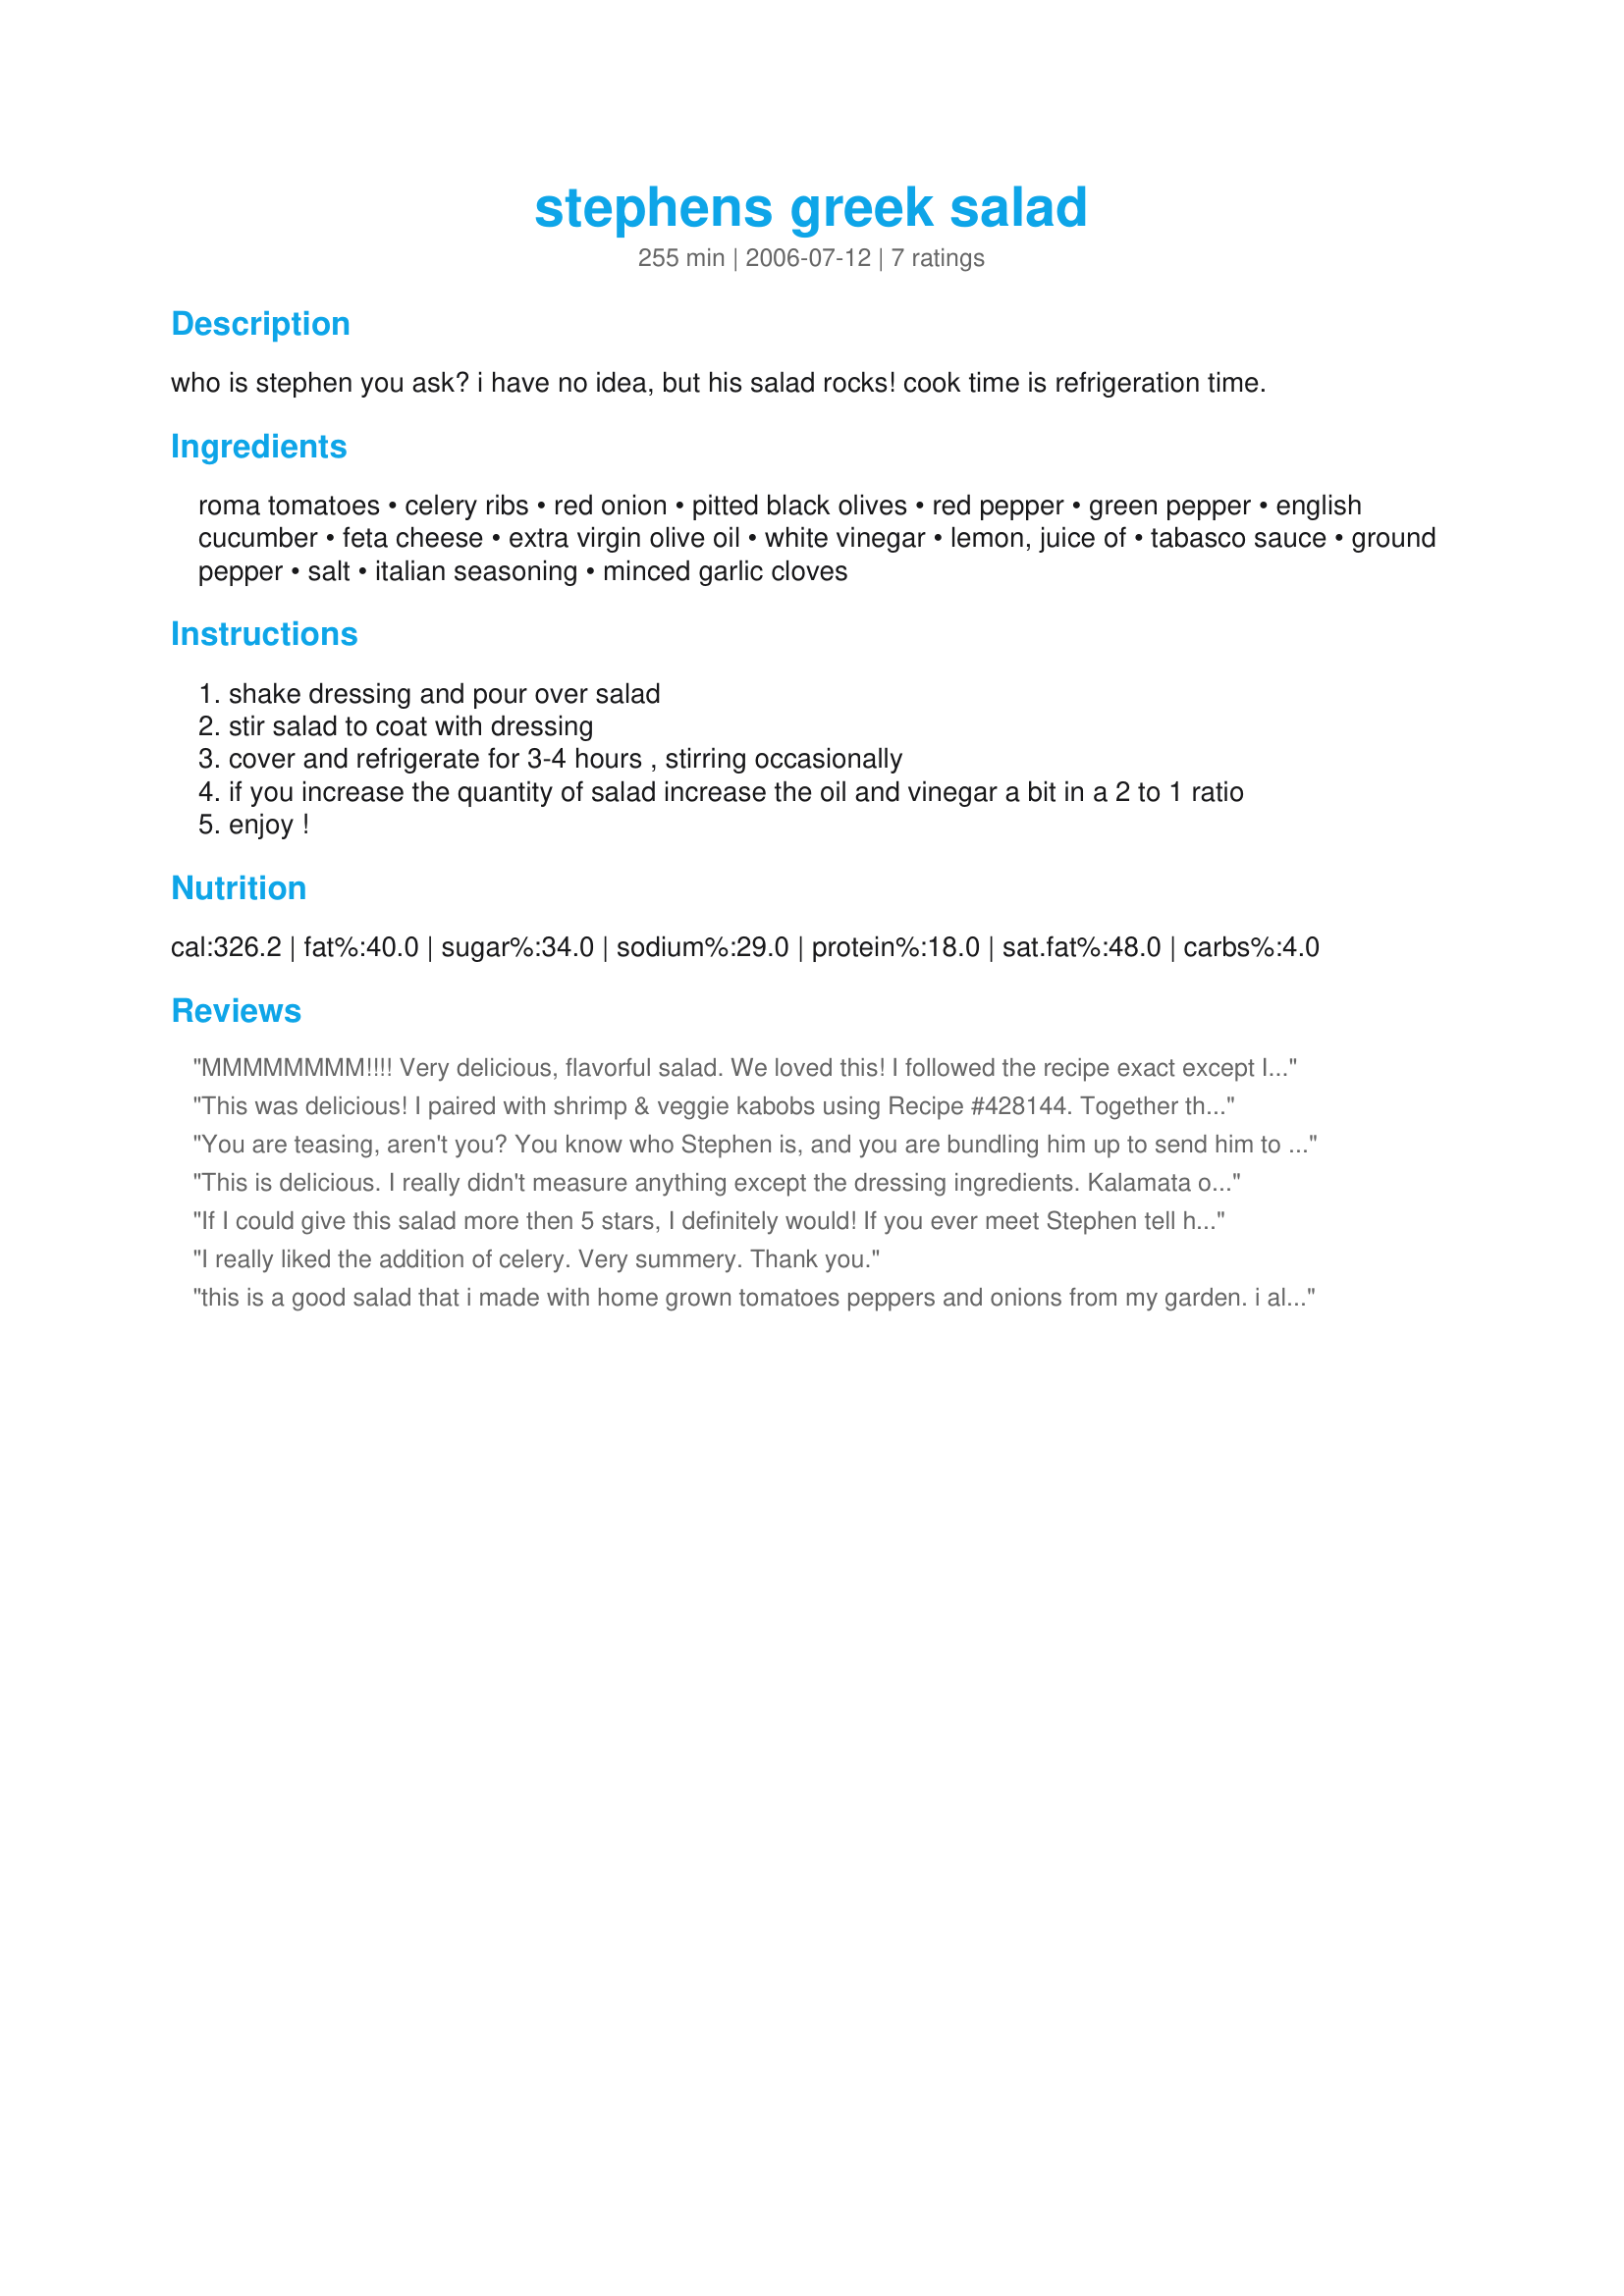
stephens greek salad
Preparation time: 255 minutes

who is stephen you ask? i have no idea, but his salad rocks!
cook time is refrigeration time.

Ingredients:
roma tomatoes, celery ribs, red onion, pitted black olives, red pepper, green pepper, english cucumber, feta cheese, extra virgin olive oil, white vinegar, lemon, juice of, tabasco sauce, ground pepper, salt, italian seasoning, minced garlic cloves

Steps:
shake dressing and pour over salad
stir salad to coat with dressing
cover and refrigerate for 3-4 hours , stirring occasionally
if you increase the quantity of salad increase the oil and vinegar a bit in a 2 to 1 ratio
enjoy !

Reviews:
MMMMMMMM!!!! Very delicious, flavorful salad. We loved this! I followed the recipe exact except I used pitted kalamata olives (personal preference). I halved the recipe since it was just dh & I but I was wishing I had made more!!! This one is a keeper!
Thanks Leslie, and thanks to Stephen whoever you are!
This was delicious! I paired with shrimp & veggie kabobs using Recipe #428144. Together they made a quick to prep lunch & I know I'll be making this salad again. Made for ZWT6.
You are teasing, aren't you? You know who Stephen is, and you are bundling him up to send him to me in Australia, right? This salad does rock! I made half a batch of salad and a double batch of dressing because I figured it must be good for other uses. I am so right. I think you could use this flavour-packed dressing to marinate diced feta cheese, whole button mushrooms or basic olives (any colour), and I will try any or all of these. As an aside and as hard as it was to wait, I think the four-hour refrigeration is important -- we noticed a huge difference in taste between the making and the serving. Also, I used Greek dodoni feta -- have no idea what Canadian feta tastes like.
This is delicious. I really didn't measure anything except the dressing ingredients. Kalamata olives were used as were fresh garden tomatoes and garden fresh Greek oregano. Greek feta was used.
If I could give this salad more then 5 stars, I definitely would! If you ever meet Stephen tell him thanks for sharing his recipe with you for me! I cooked up some chicken for a dish we were having for dinner and had a small split breast left over, so I added it to my salad. I'm having the salad for lunch again today but without chicken. Oh, and I love the fact the DH and kids do not like kalamata olives or feta cheese, so I can have Stephen's Greek Salads all to my self :D This is one time I rated something solo! (families opinion did not count)
I really liked the addition of celery. Very summery. Thank you.
this is a good salad that i made with home grown tomatoes peppers and onions from my garden. i also added greek oregano and basil to the dressing, very tasty.
